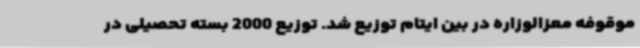
موقوفه معزالوزاره در بین ایتام توزیع شد. توزیع 2000 بسته تحصیلی در